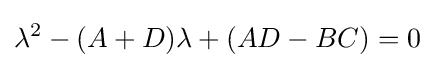
\lambda ^{2}-(A+D)\lambda +(AD-BC)=0